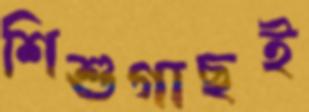
শিশুগাছই